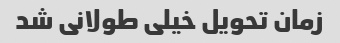
زمان تحویل خیلی طولانی شد